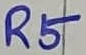
Text: R5